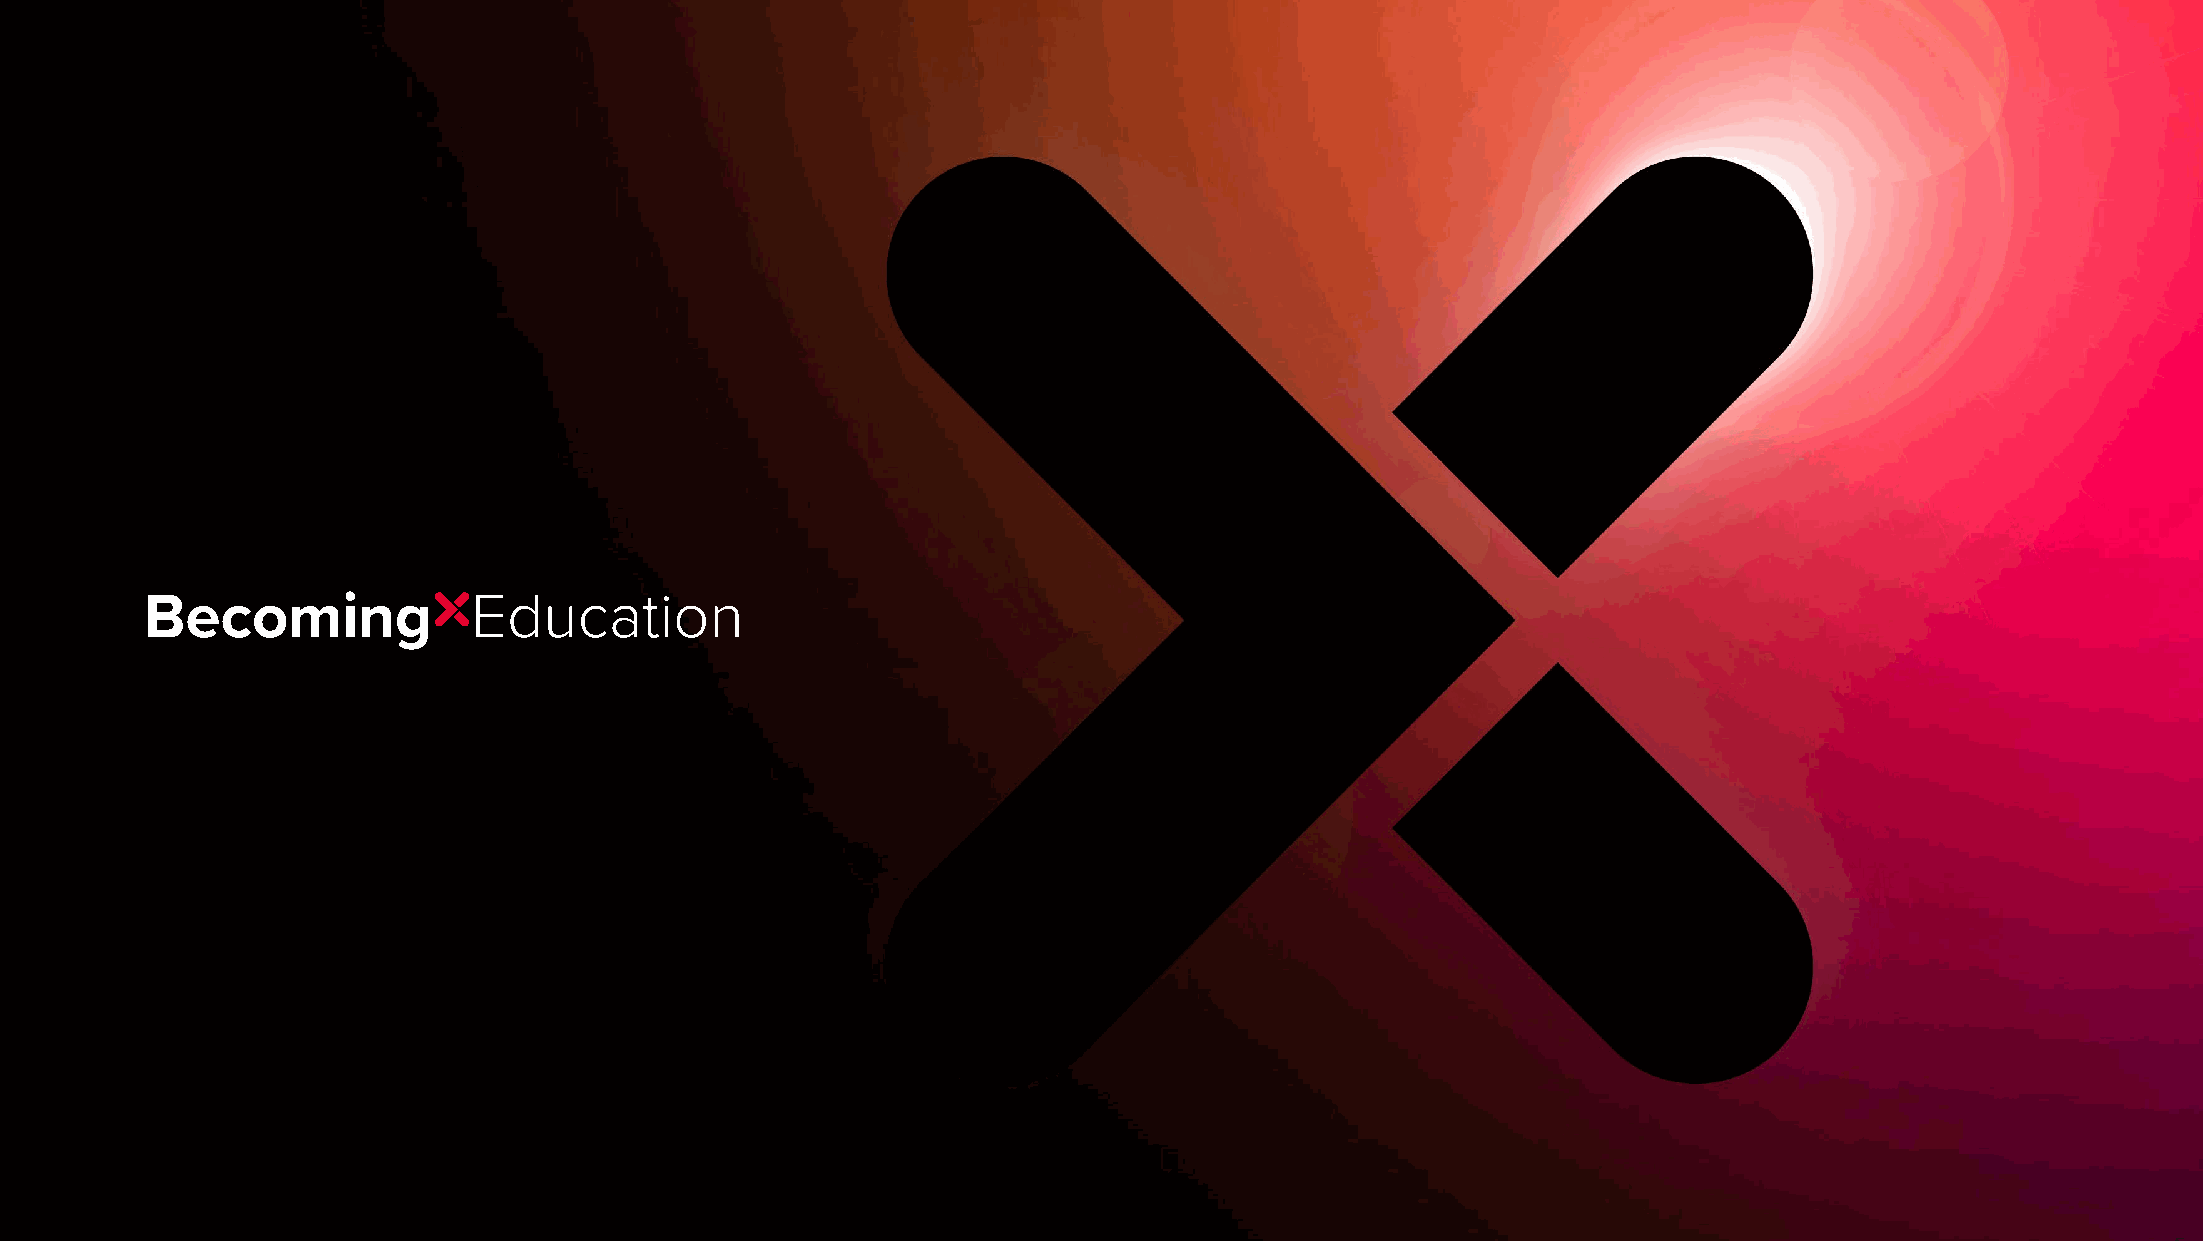
Copyright © 2021 BecomingX. All rights reserved.                                                                               1